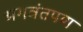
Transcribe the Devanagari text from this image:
भगवंतपण